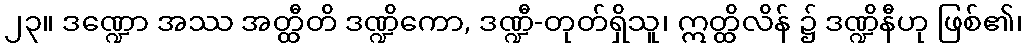
၂၃။ ဒဏ္ဍော အဿ အတ္ထီတိ ဒဏ္ဍိကော, ဒဏ္ဍီ-တုတ်ရှိသူ၊ ဣတ္ထိလိန် ၌ ဒဏ္ဍိနီဟု ဖြစ်၏၊